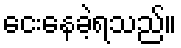
ငေးနေခဲ့ရသည်။